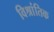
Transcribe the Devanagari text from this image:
विश्रांतिक